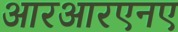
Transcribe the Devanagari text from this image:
आरआरएनए